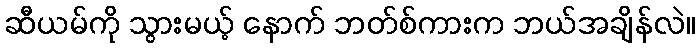
ဆီယမ်ကို သွားမယ့် နောက် ဘတ်စ်ကားက ဘယ်အချိန်လဲ။